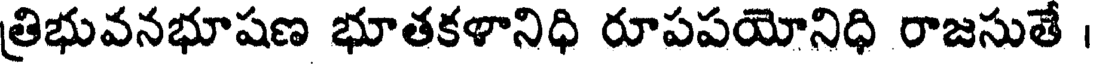
త్రిభువనభూషణ భూతకళానిధి రూపపయోనిధి రాజసుతే